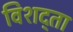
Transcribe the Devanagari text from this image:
विशद्ता